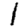
Digit: 1